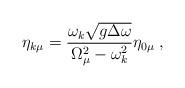
LaTeX: \begin{align*}\eta_{k\mu}=\frac{\omega_k\sqrt{g\Delta \omega}}{\Omega_\mu^2-\omega_k^2}\eta_{0\mu}\;,\end{align*}